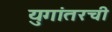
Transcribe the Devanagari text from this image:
युगांतरची